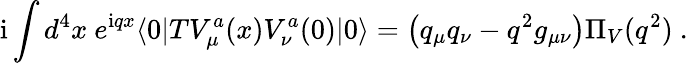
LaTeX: \mathrm{i}\int d^{4}x\ e^{\mathrm{i}qx}\langle 0|TV_{\mu}^{a}(x)V_{\nu}^{a}(0)|0\rangle=\left(q_{\mu}q_{\nu}-q^{2}g_{\mu\nu}\right)\Pi_{V}(q^{2})\ .